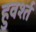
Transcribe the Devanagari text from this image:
हुवर्श्त